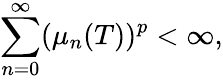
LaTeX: \sum_{n=0}^{\infty}({\mu}_{n}(T))^{p}<{\infty},